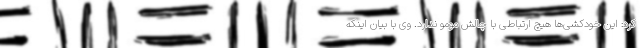
کرد: این خودکشی‌ها هیچ ارتباطی با چالش مومو ندارد. وی با بیان اینکه